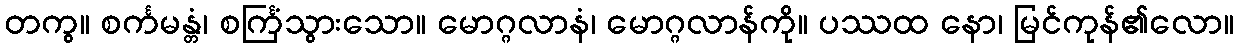
တကွ။ စင်္ကမန္တံ၊ စင်္ကြံသွားသော။ မောဂ္ဂလာနံ၊ မောဂ္ဂလာန်ကို။ ပဿထ နော၊ မြင်ကုန်၏လော။